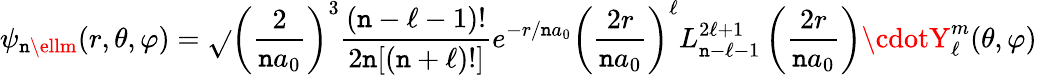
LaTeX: \psi_{\mathtt{n}\ellm}(r,\theta,\varphi)={\sqrt{}{{\left({\frac{{2}}{{\mathtt{n}a_{0}}}}\right)^{3}{\frac{{(\mathtt{n}-\ell-1)!}}{{2\mathtt{n}[(\mathtt{n}+\ell)!]}}}}}}e^{-r/\mathtt{n}a_{0}}\left({\frac{{2r}}{{\mathtt{n}a_{0}}}}\right)^{\ell}L_{\mathtt{n}-\ell-1}^{2\ell+1}\left({\frac{{2r}}{{\mathtt{n}a_{0}}}}\right)\cdotY_{\ell}^{m}(\theta,\varphi)